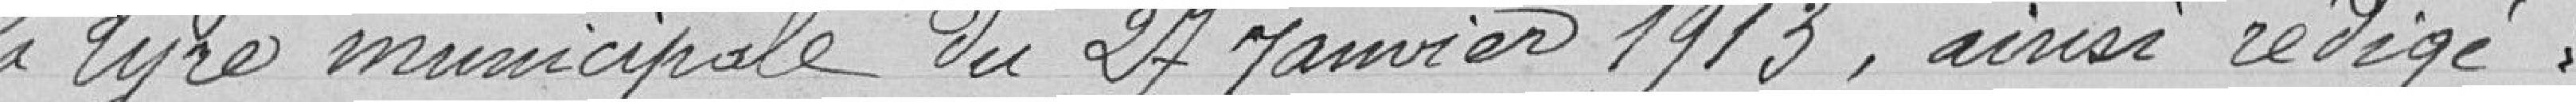
la Lyre municipale du 24 janvier 1913, ainsi rédigé :